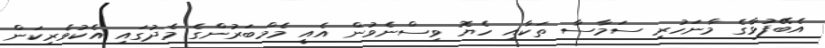
އެބޭފުޅާގެ މާނަހުރި ސަމާސާ ތަކާއި ހެޔޮ ވިސްނެވުން އެއީ މެމްބަރުންގެ މެދުގައި އެކުވެރިކަން